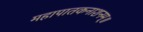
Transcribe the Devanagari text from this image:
महापातकनाशनम्‌॥